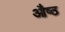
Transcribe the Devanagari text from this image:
औष्ठ